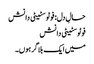
حالِ دل: فوٹوسٹیٹی دانش
فوٹوسٹیٹی دانش
میں ایک بلاگر ہوں۔